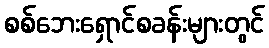
စစ်ဘေးရှောင်စခန်းများတွင်